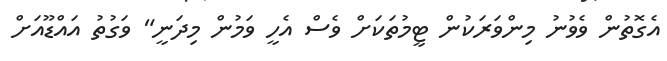
އެގޮތުން ވެވުނު މިންވަރަކުން ޓީމުތަކަށް ވެސް އެހީ ވަމުން މިދަނީ" ވަގުތު އައްޑޫއަށް